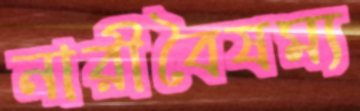
নারীবৈষম্য